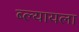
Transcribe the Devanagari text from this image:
ब्ल्यायला